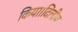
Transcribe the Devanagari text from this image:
किया।दिलीप